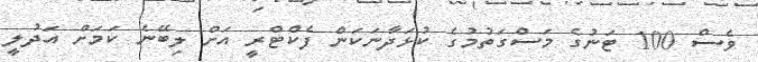
ވެސް 100 ޓަނުގެ މަސްގަތުމުގެ ކުޅަދާނަކަން ފެކްޓްރީ އަށް ލިބޭނެ ކަމަށް އަދުލީ